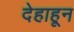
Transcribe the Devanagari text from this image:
देहाहून